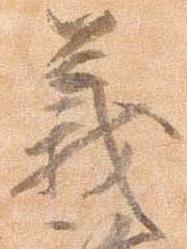
義